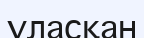
ұласқан